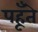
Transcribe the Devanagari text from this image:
पहूँते